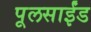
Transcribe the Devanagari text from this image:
पूलसाईंड